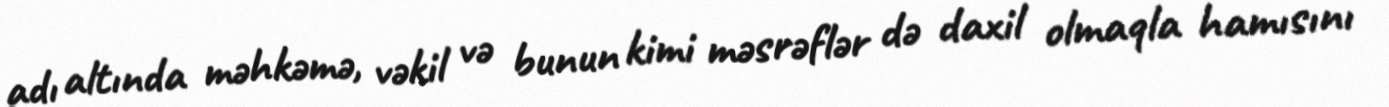
adı altında məhkəmə, vəkil və bunun kimi məsrəflər də daxil olmaqla hamısını